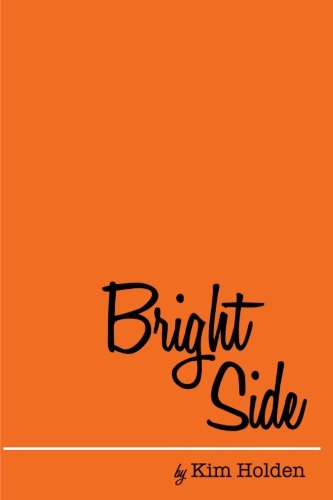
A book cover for Bright Side; Kim Holden; Romance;